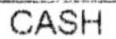
CASH